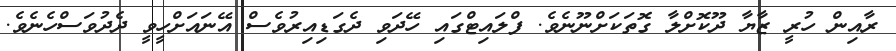
ރާއިން ހުރީ ޒާޔާ ދޫކޮށްލާ ގޮތަކަށްނޫނެވެ. ފްލައިޓްގައި ހޭދަވި ދެގަޑިއިރުވެސް އޭނައަށްހީވީ ދެދުވަސްހެނެވެ.